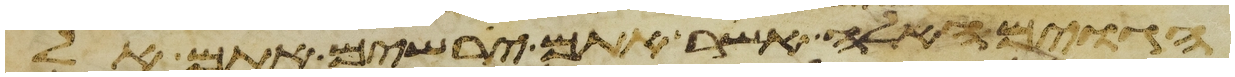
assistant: הגוים האלה אשר אתם ירשים אתם אל